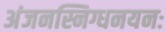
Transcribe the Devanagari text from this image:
अंजनस्निग्धनयनः